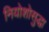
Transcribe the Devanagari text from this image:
नियोशोसुद्धा